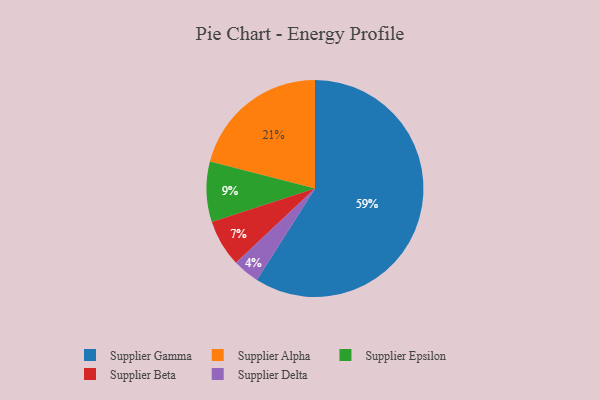
{"axis": {"x": "Category", "y": "Percentage"}, "legend": ["Supplier Alpha", "Supplier Beta", "Supplier Delta", "Supplier Epsilon", "Supplier Gamma"], "data": [{"x": "Supplier Epsilon", "y": 9, "type": "Supplier Epsilon"}, {"x": "Supplier Beta", "y": 7, "type": "Supplier Beta"}, {"x": "Supplier Delta", "y": 4, "type": "Supplier Delta"}, {"x": "Supplier Alpha", "y": 21, "type": "Supplier Alpha"}, {"x": "Supplier Gamma", "y": 59, "type": "Supplier Gamma"}]}